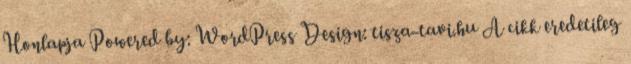
Honlapja Powered by: WordPress Design: tisza-tavi.hu A cikk eredetileg